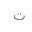
Letter: _ta